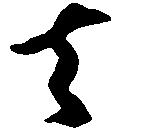
者